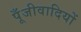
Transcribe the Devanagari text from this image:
पूँजीवादियों